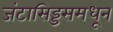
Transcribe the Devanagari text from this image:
जंटासिड्डसमधून